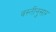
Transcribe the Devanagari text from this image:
वस्तीनुसार